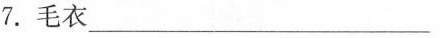
7.毛衣___